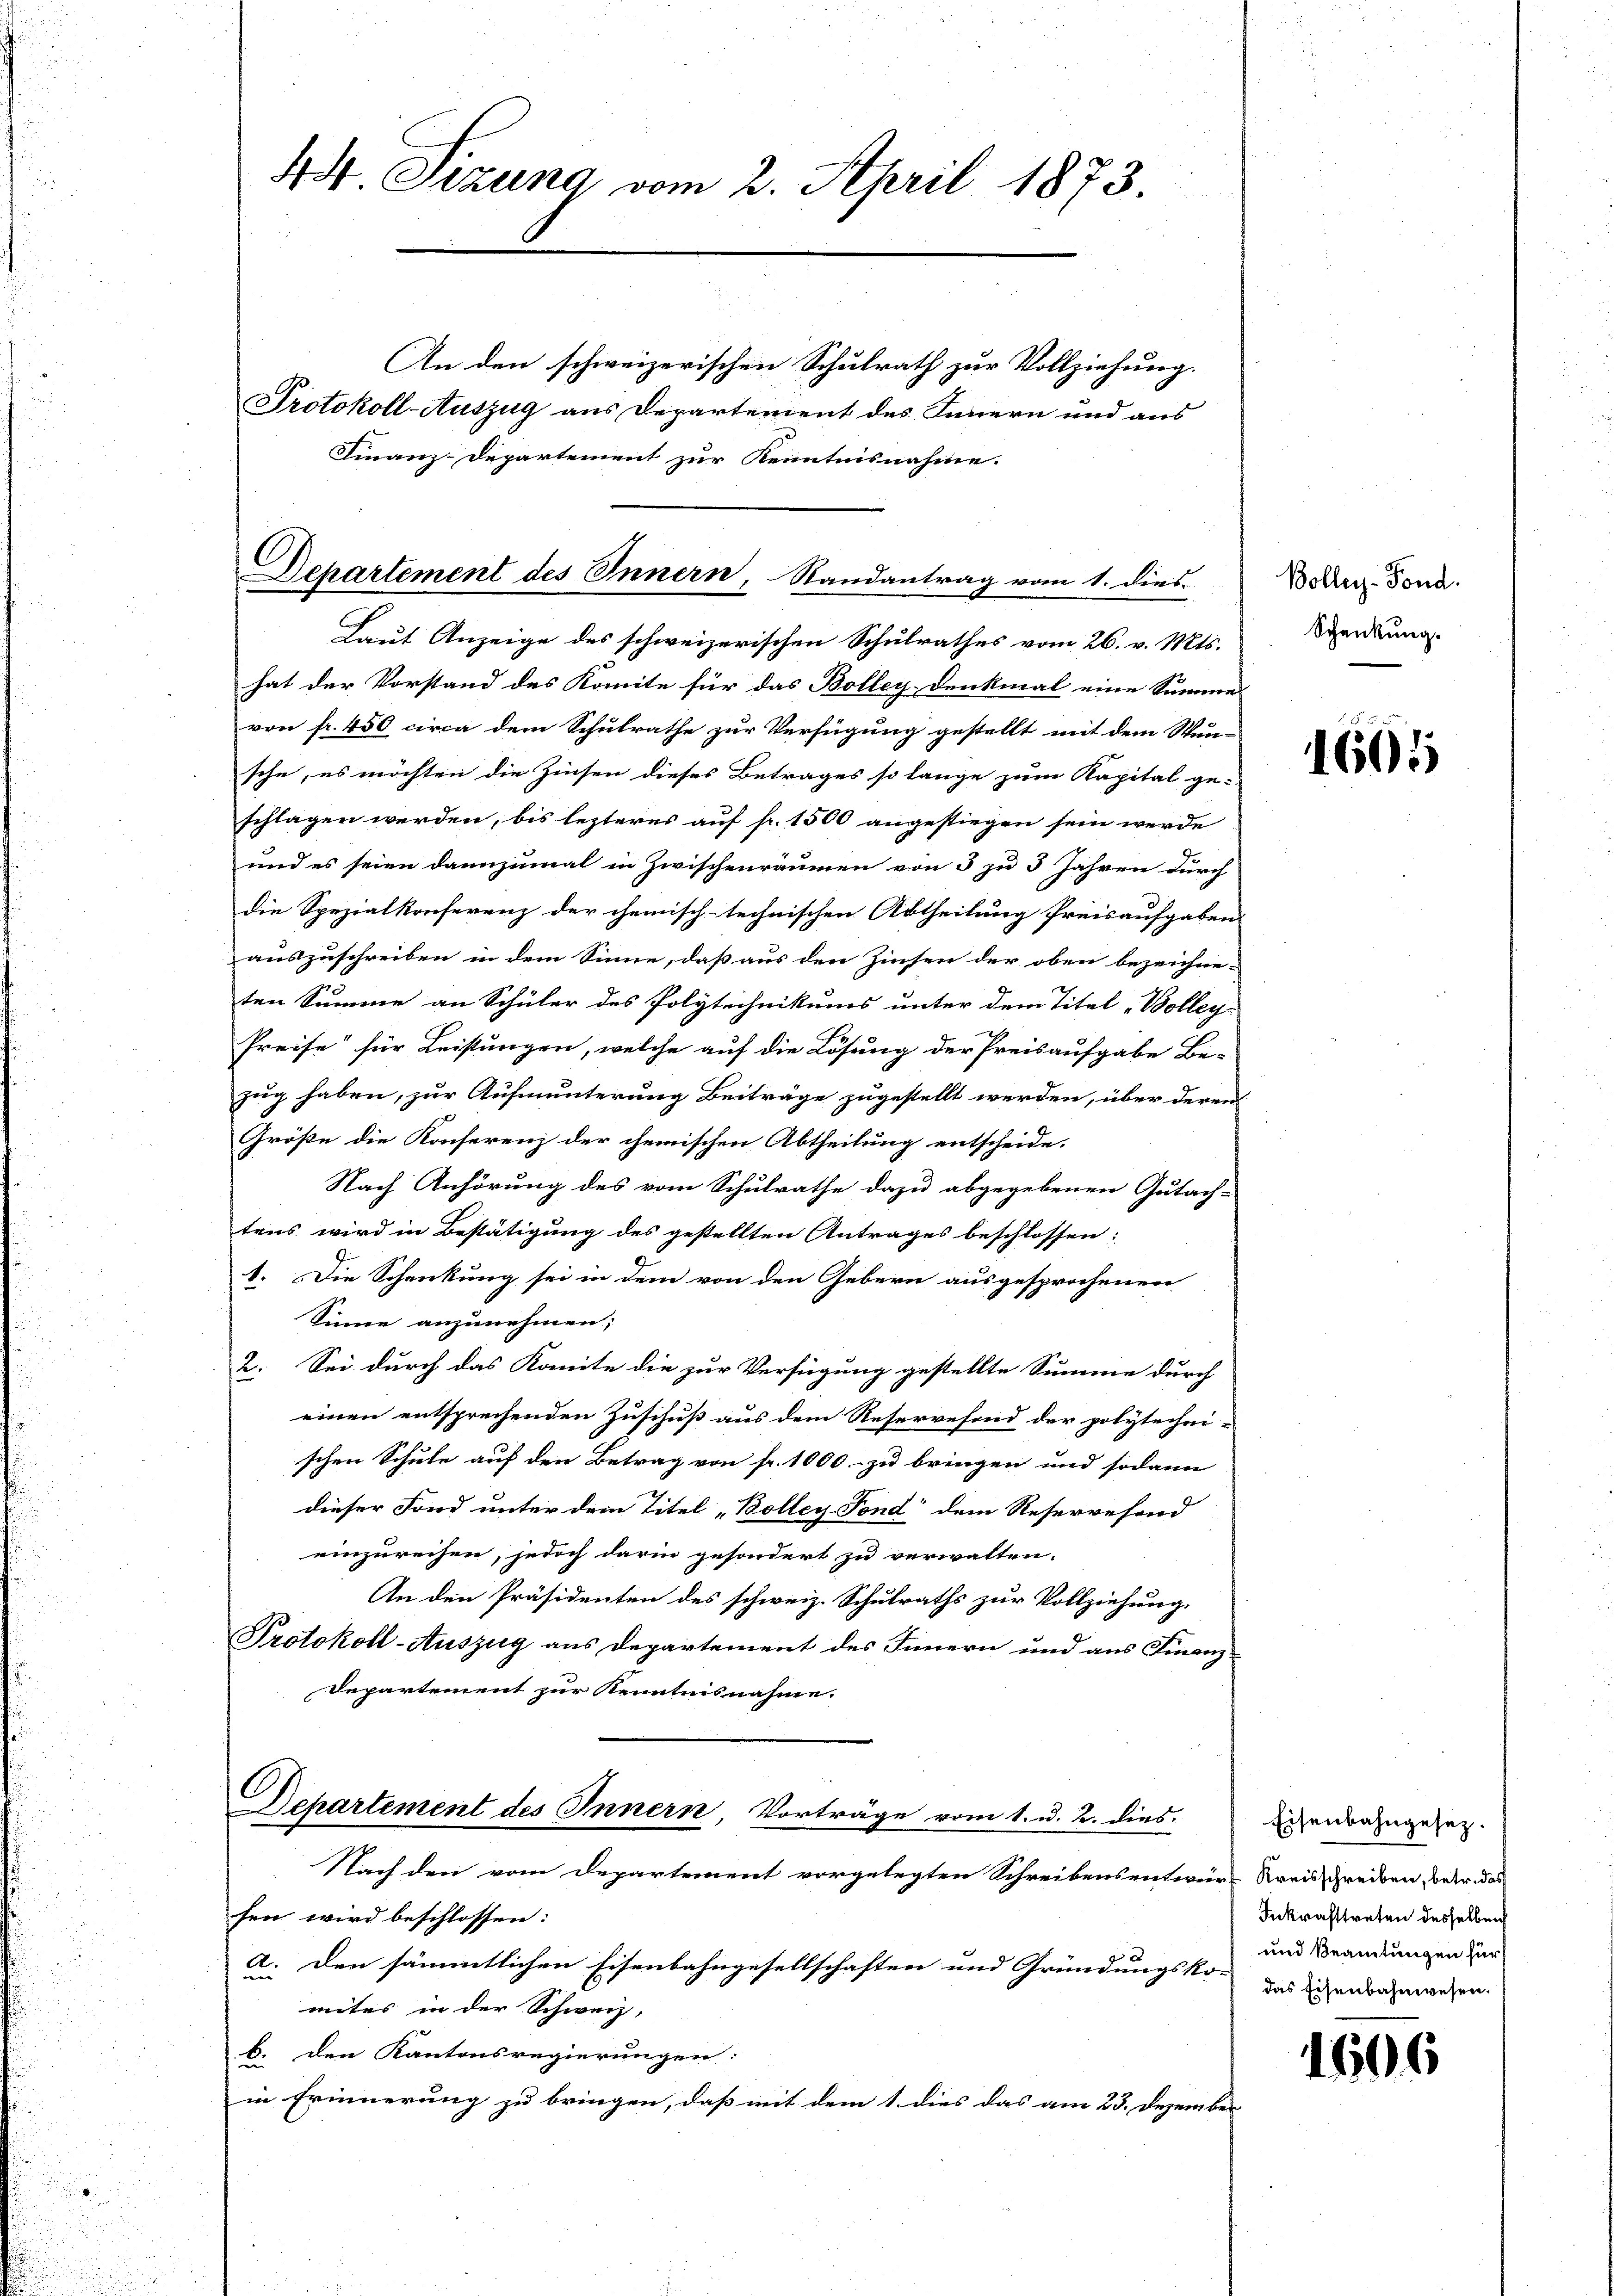
Laut Anzeige des schweizerischen Schulrathes vom 26. v. Mts.
hat der Vorstand des Komite für das Bolley-Denkmal eine Summe
von fr. 450 circa dem Schulrathe zur Verfügung gestellt mit dem Wun-
sche, es möchten die Zinsen dieses Betrages so lange zum Kapital ge-
schlagen werden, bis lezteres auf fr. 1500 angestiegen sein werde
und es seien dannzumal in Zwischenräumen von 3 zu 3 Jahren durch
die Spezialkonferenz der chemisch-technischen Abtheilung Preisaufgaben
auszuschreiben in dem Sinne, daß aus den Zinsen der oben bezeichne-
ten Summe an Schüler des Polytechnikums unter dem Titel Bolleg-
Preise für Leistungen, welche auf die Lösung der Preisaufgabe Be-
zug haben, zur Aufmunterung Beiträge zugestellt werden, über deren
Größe die Konferenz der chemischen Abtheilung entscheide.
Nach Anhörung des vom Schulrathe dazu abgegebenen Gutach-
tens wird in Bestätigung des gestellten Antrages beschlossen:
1. Die Schenkung sei in dem von den Gebern ausgesprochenen
Sinne anzunehmen;
2. Sei durch das Komite die zur Verfügung gestellte Summe durch
einen entsprechenden Zuschuß aus dem Reservefond der polytecheischen Schule auf den Betrag von fr. 1000.- zu bringen und sodann
dieser Fond unter dem Titel Bolley-Fond dem Reservefond
einzureihen, jedoch darin gesondert zu verwalten.
An den Präsidenten des schweiz. Schulraths zur Vollziehung.
Protokoll-Auszug aus Departement des Innern und aus Finanz-
Departement zur Kenntnisnahme.
Departement des Innern, Vorträge vom 1. u. 2. dies
Nach den vom Departement vorgelegten Schreibensentwurf Kreisschreiben, weder das
sen wird beschlossen:
a. Den sämmtlichen Eisenbahngesellschaften und Gründungsko- zu dichenden morgen.
mites in der Schweiz,
b. den Kantonsregierungen:
in Erinnerung zu bringen, daß mit dem 1. dies das am 23. Dezember

44 Sizung vom 2. April 1873.
An den schweizerischen Schulrath zur Vollziehung.
Protokoll-Auszug aus Departement des Innern und aus

Finanz-Departement zur Kenntnisnahme.

Departement des Innern, Randantrag vom 1. dies

Bolley-Fond.
Schenkung.

1601

Eisenbahngesez.
Inkrafttreten desselben
und Beamtungen für

1606